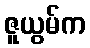
ဇူယွမ်က